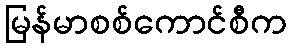
မြန်မာစစ်ကောင်စီက